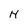
Character: H